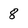
Character: 8